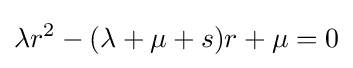
\lambda r^{2}-(\lambda +\mu +s)r+\mu =0